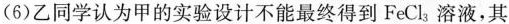
(6)乙同学认为甲的实验设计不能最终得到FeCl_{3}溶液，其